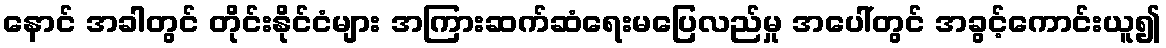
နောင် အခါတွင် တိုင်းနိုင်ငံများ အကြားဆက်ဆံရေးမပြေလည်မှု အပေါ်တွင် အခွင့်ကောင်းယူ၍